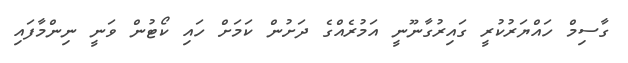
ގާސިމް ހައްޔަރުކުރީ ގައިރުގާނޫނީ އަމުރެއްގެ ދަށުން ކަމަށް ހައި ކޯޓުން ވަނީ ނިންމާފައި